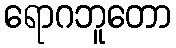
ရောဂဘူတော